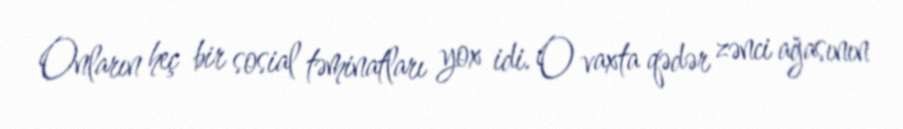
Onların heç bir sosial təminatları yox idi. O vaxta qədər zənci ağasının